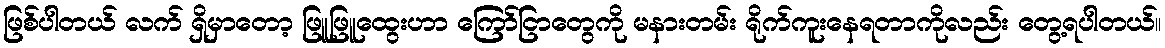
ဖြစ်ပါတယ် လက် ရှိမှာတော့ ဖြူဖြူထွေးဟာ ကြော်ငြာတွေကို မနားတမ်း ရိုက်ကူးနေရတာကိုလည်း တွေ့ရပါတယ်။